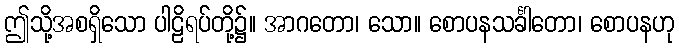
ဤသို့အစရှိသော ပါဠိရပ်တို့၌။ အာဂတော၊ သော။ စောပနသင်္ခါတော၊ စောပနဟု